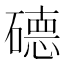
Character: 𱴱